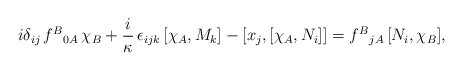
\begin{align*} i\delta_{ij}\, f^{B}{}_{0 A}\, \chi_B+\frac{i}\kappa\,\epsilon_{ijk}\, [\chi_A,M_k]- [x_j, [\chi_A, N_i]]=f^{B}{}_{j A}\, [N_i, \chi_B],\end{align*}